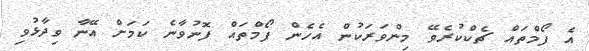
އެ ފޯމްތައް ޗެކްކުރެވޭ މިންވަރަކުން އެހެން ފޯމްތައް ފޮނުވާނެ ކަމަށް އޭނާ ވިދާޅުވި